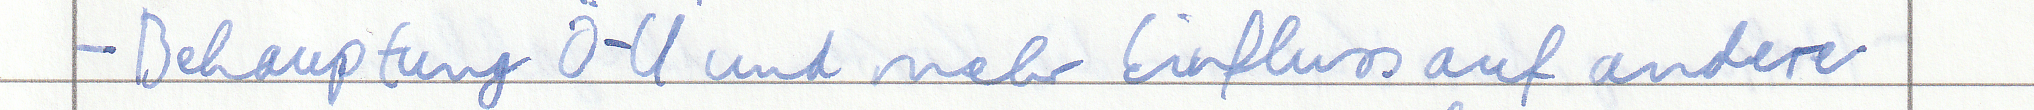
- Behauptung Ö-U und mehr Einfluss auf andere